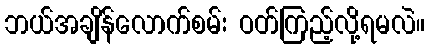
ဘယ်အချိန်လောက်စမ်း ဝတ်ကြည့်လို့ရမလဲ။